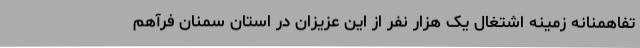
تفاهمنانه زمینه اشتغال یک هزار نفر از این عزیزان در استان سمنان فرآهم